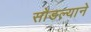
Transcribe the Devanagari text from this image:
सोडल्याने